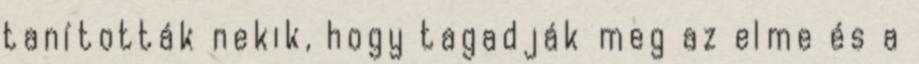
tanították nekik, hogy tagadják meg az elme és a